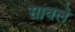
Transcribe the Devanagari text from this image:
सावले